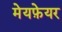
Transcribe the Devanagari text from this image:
मेयफ़ेयर